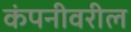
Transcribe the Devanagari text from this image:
कंपनीवरील